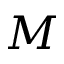
M